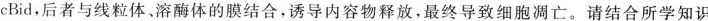
cBid，后者与线粒体、溶酶体的膜结合，诱导内容物释放，最终导致细胞凋亡。请结合所学知识